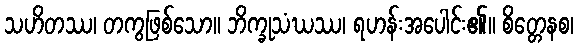
သဟိတဿ၊ တကွဖြစ်သော။ ဘိက္ခုသံဃဿ၊ ရဟန်းအပေါင်း၏။ စိတ္တေနစ၊